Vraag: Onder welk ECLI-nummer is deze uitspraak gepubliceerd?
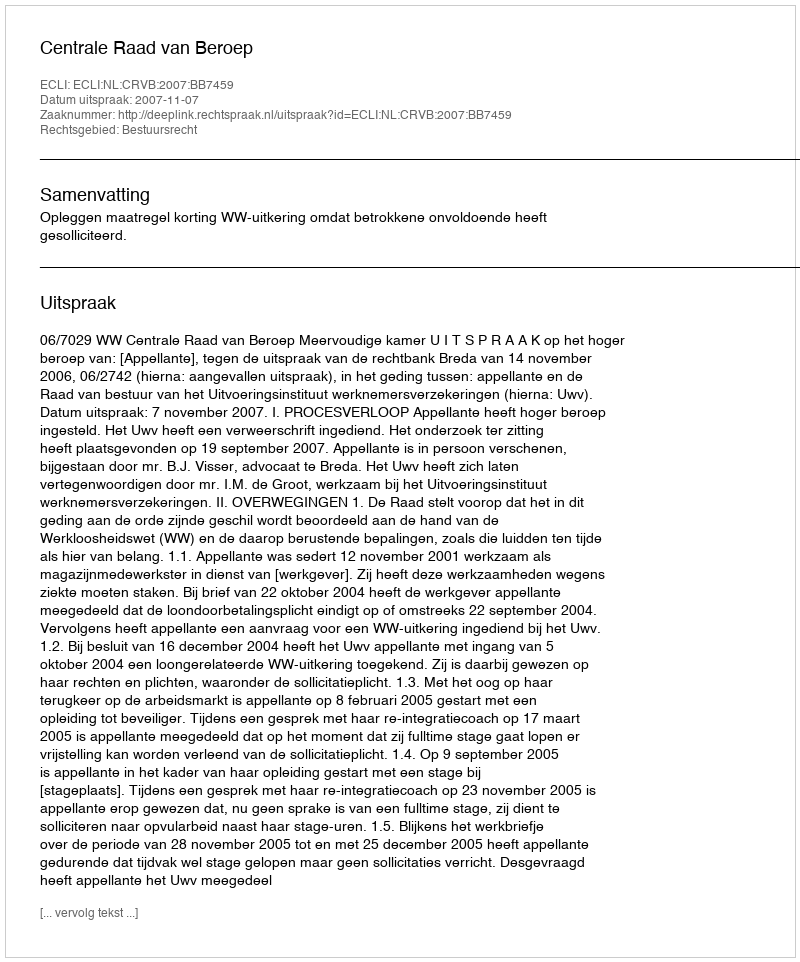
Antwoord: ECLI:NL:CRVB:2007:BB7459